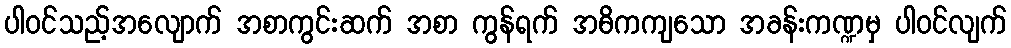
ပါဝင်သည့်အလျောက် အစာကွင်းဆက် အစာ ကွန်ရက် အဓိကကျသော အခန်းကဏ္ဍမှ ပါဝင်လျက်